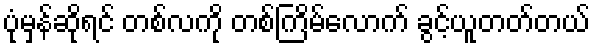
ပုံမှန်ဆိုရင် တစ်လကို တစ်ကြိမ်လောက် ခွင့်ယူတတ်တယ်